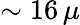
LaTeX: \sim 16\, \mu